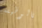
بالوظيفة